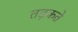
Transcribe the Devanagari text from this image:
तड़कते